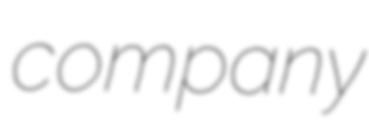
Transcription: company